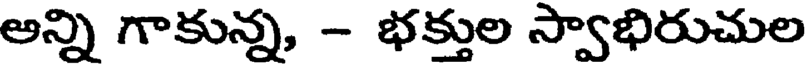
అన్ని గాకున్న, - భక్తుల స్వాభిరుచుల